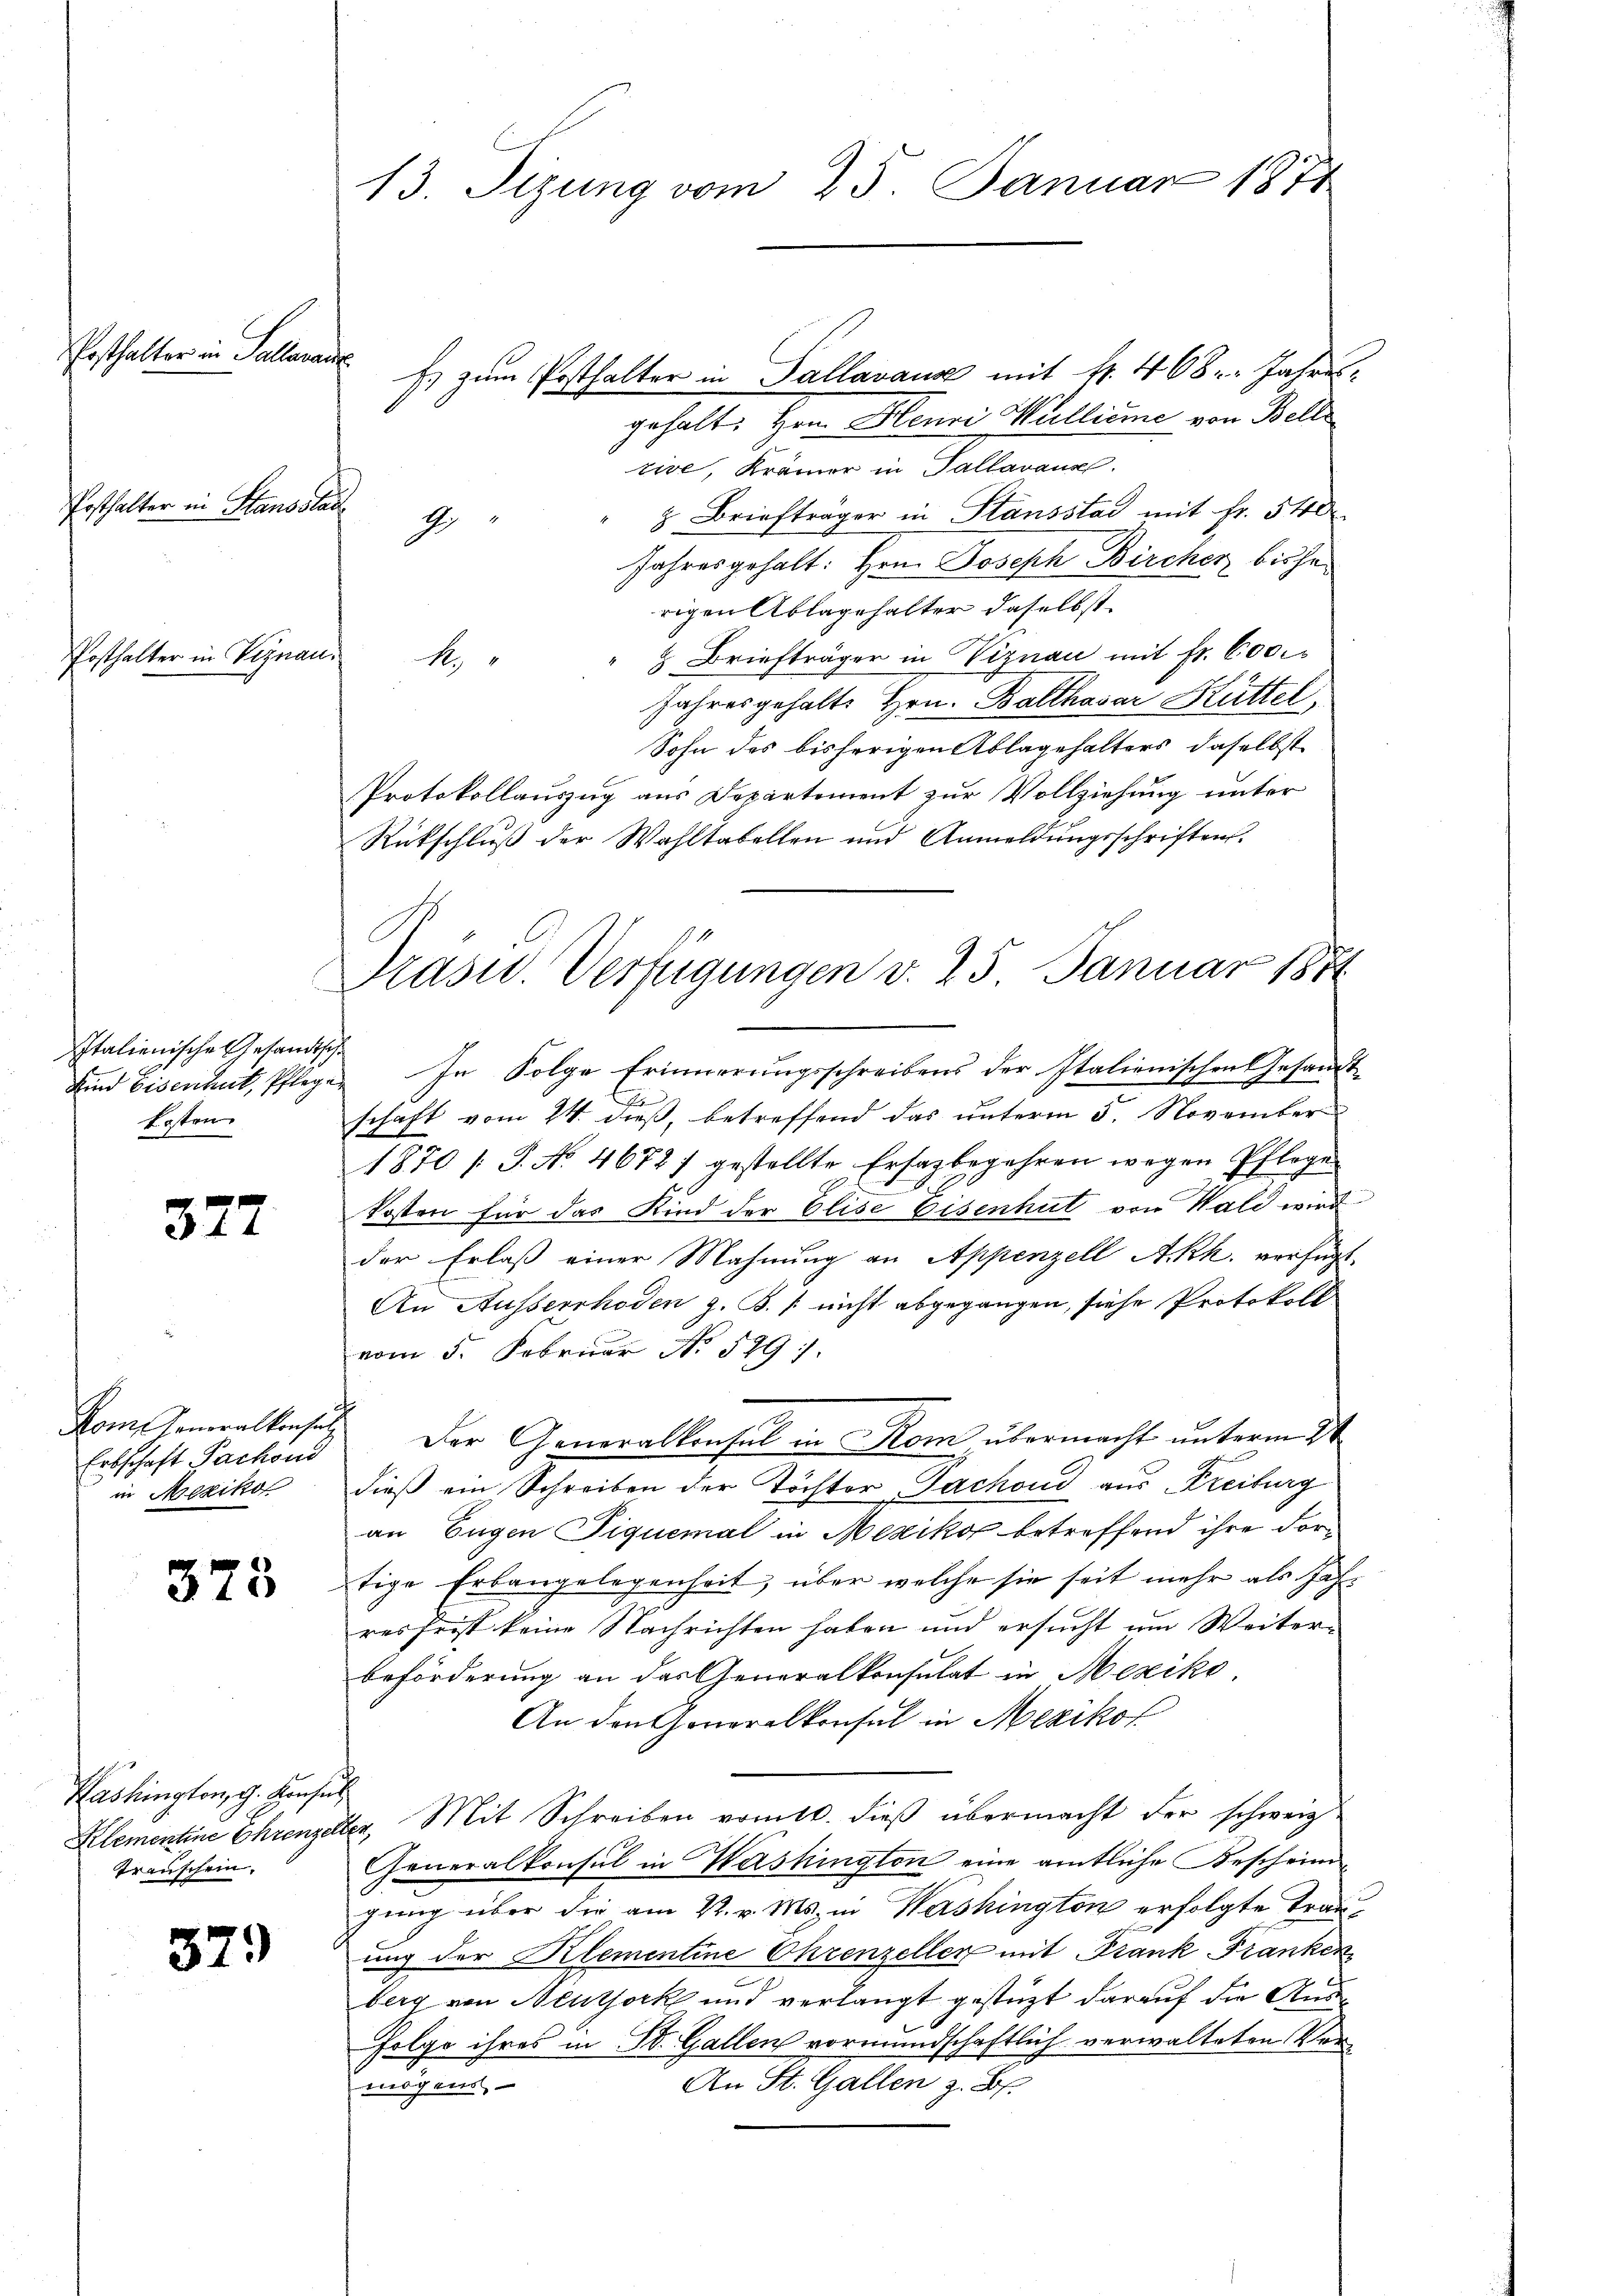
Posthalter in Salleran

Posthalter in Standslau

Posthalter in Vegnau.

Italienische Gesandtsch
Ersten

377

Kom Generalkonsul
Erbschaft Pachend
in Meziko

375

Washington, G. Konsul
Transchein.

379

13. Sizung vom 23. Januar 1871

¬
f. zum Posthalter in Pallavause mit H. 468. Jahres-
gehalt. Herr Alenri Wallinie von Belle
tive, Krämer in Tallaraus.
 Briefträger in Stänsstad mit Fr. 540
1
Jahresgehalt. Hrn. Joseph Bircher bishe
rigen Ablagehalter daselbst.
& Briefträger in Viznau mit Fr. 600
N
Jahresgehalte Hrn. Balthasar Küttel,
Sohn des bisherigen Ablagehalters, daselbst
Protokollauszug aus Departement zur Vollziehung unter
Rückschluß der Wahltabellen und Anmeldungsschriften.
Kind Eisenhut, Pflege. In Folge Erinnerŭngsschreibens der Italienischen Gesandt-
e
schaft vom 24. dieß, betreffend das unterm 5. November
1870 /S. No. 46727 gestellte Ersatz begehren wegen Pflege
Kosten für das Kind der Elise Eisenhut von Wald wird
der Erlaß einer Mahnung an Appenzell Akk. verfügt
An Ausserrhoden z. B. / nicht abgegangen, siche Protokoll
vom 5. Februar No. 589.
Der Generalkonsul in Rom, übermacht unterm 2t
dieß ein Schreiben der Töchter Jachoud aus Freiburg
an Eugen Piquemal in Mesikon betreffend ihre Fortige Erbangelegenheit, über welche sie seit mehr als Jahr
resfrist keine Nachrichten haben und ersucht um Weiterbeförderung an das Generalkonsulat in Mexiko
An den Generalkonsul in Mexikot
Klementine Ehrenzeller, Mit Schreiben vom 10. dieß übermacht der schweiz
Generalkonsul in Washington eine amtliche Bescheingung über die am 22. v. Ms. in Washington erfolgte Trauung der Klementine Ehrenzeller mit Frank Franken
berg von Neutjork und verlangt gestützt darauf die Ausfolge ihres in St. Gallen vormundschaftlich verwalteten Ver¬
An St. Gallen z. B.
mögens,

Präsid.. Verfügungen v. 25. Januar 1881